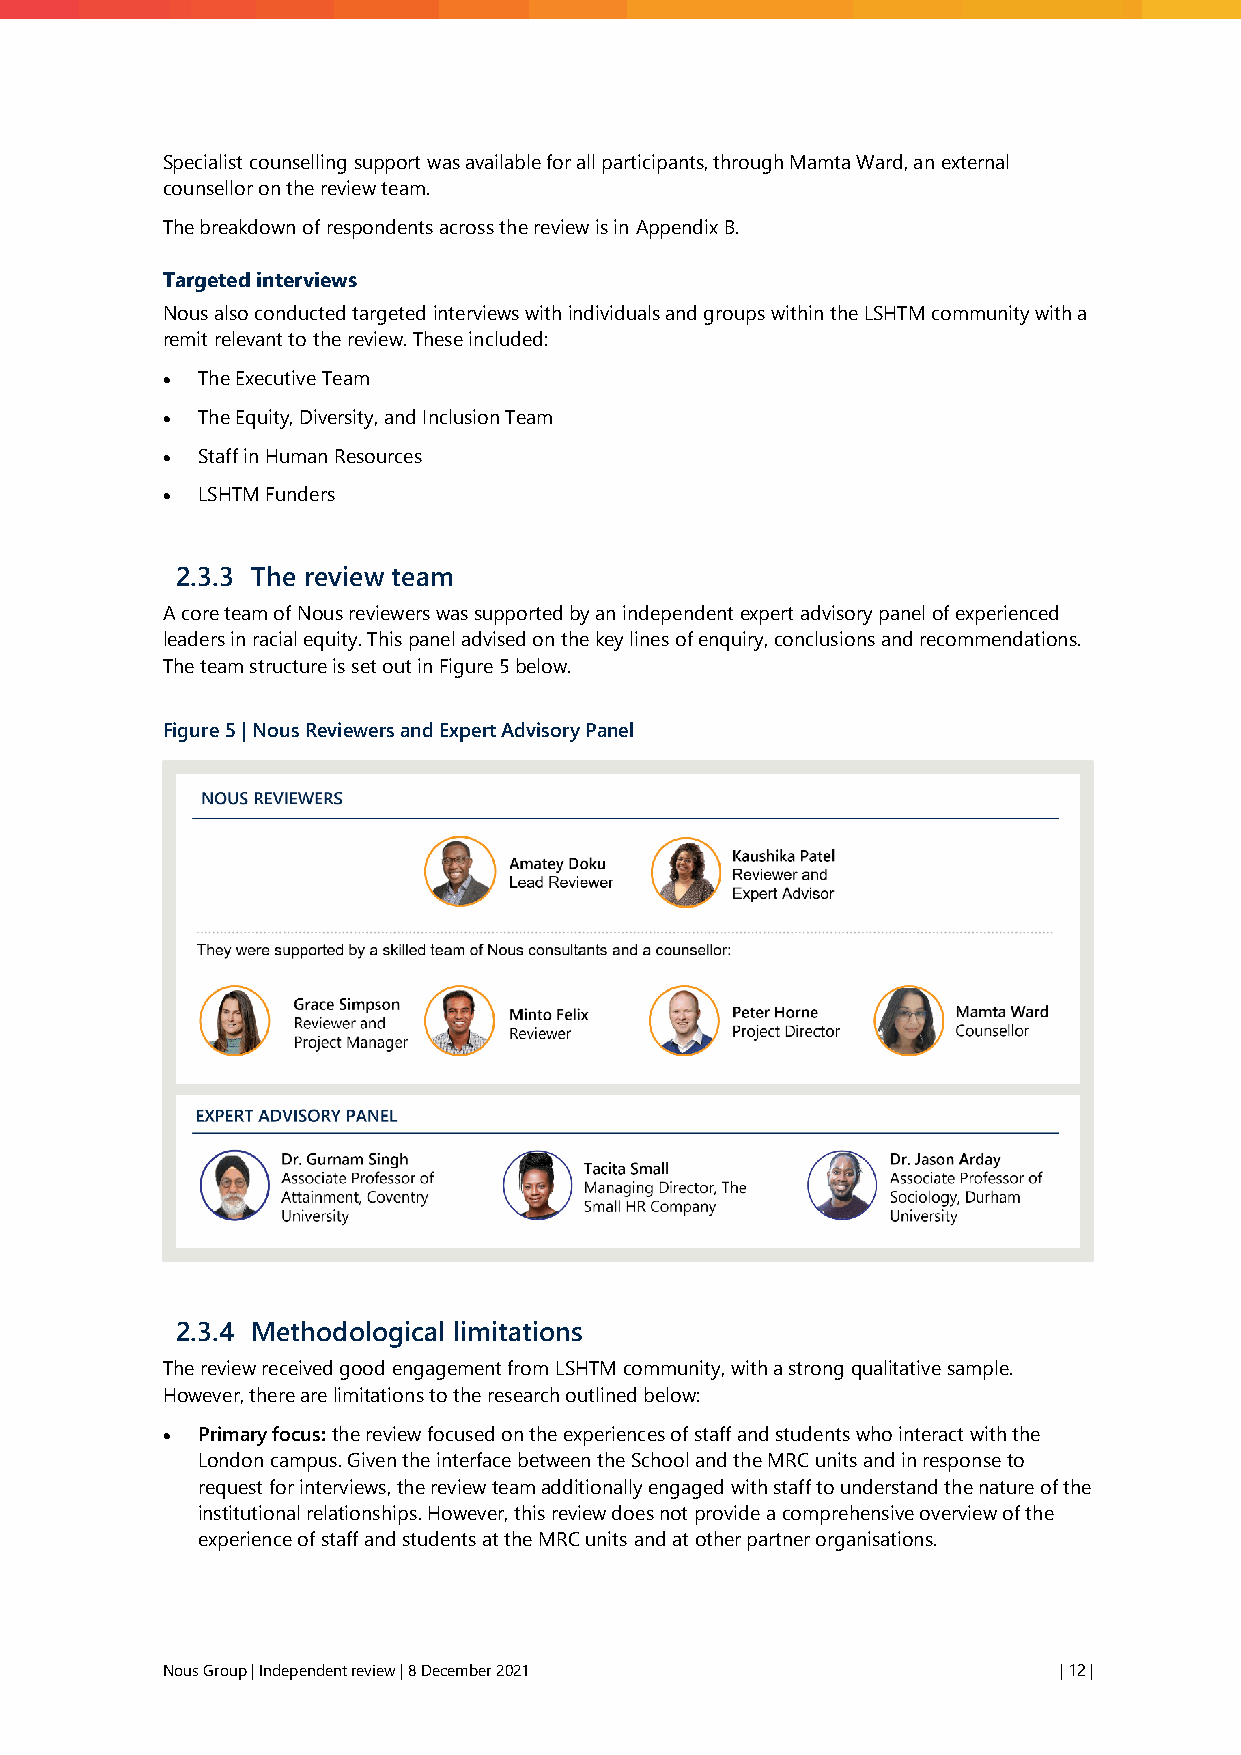
Specialist counselling support was available for all participants, through Mamta Ward, an external
 counsellor on the review team.
 The breakdown of respondents across the review is in Appendix B.
 Targeted interviews
 Nous also conducted targeted interviews with individuals and groups within the LSHTM community with a
 remit relevant to the review. These included:
 • The Executive Team
 • The Equity, Diversity, and Inclusion Team
 • Staff in Human Resources
 • LSHTM Funders
 2.3.3 The review team
 A core team of Nous reviewers was supported by an independent expert advisory panel of experienced
 leaders in racial equity. This panel advised on the key lines of enquiry, conclusions and recommendations.
 The team structure is set out in Figure 5 below.
 Figure 5 | Nous Reviewers and Expert Advisory Panel
 2.3.4 Methodological limitations
 The review received good engagement from LSHTM community, with a strong qualitative sample.
 However, there are limitations to the research outlined below:
 • Primary focus: the review focused on the experiences of staff and students who interact with the
 London campus. Given the interface between the School and the MRC units and in response to
 request for interviews, the review team additionally engaged with staff to understand the nature of the
 institutional relationships. However, this review does not provide a comprehensive overview of the
 experience of staff and students at the MRC units and at other partner organisations.
 Nous Group | Independent review | 8 December 2021          | 12 |